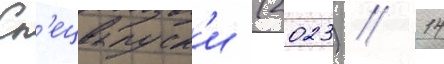
Сп'ецвыпуск'и (2023) // 14